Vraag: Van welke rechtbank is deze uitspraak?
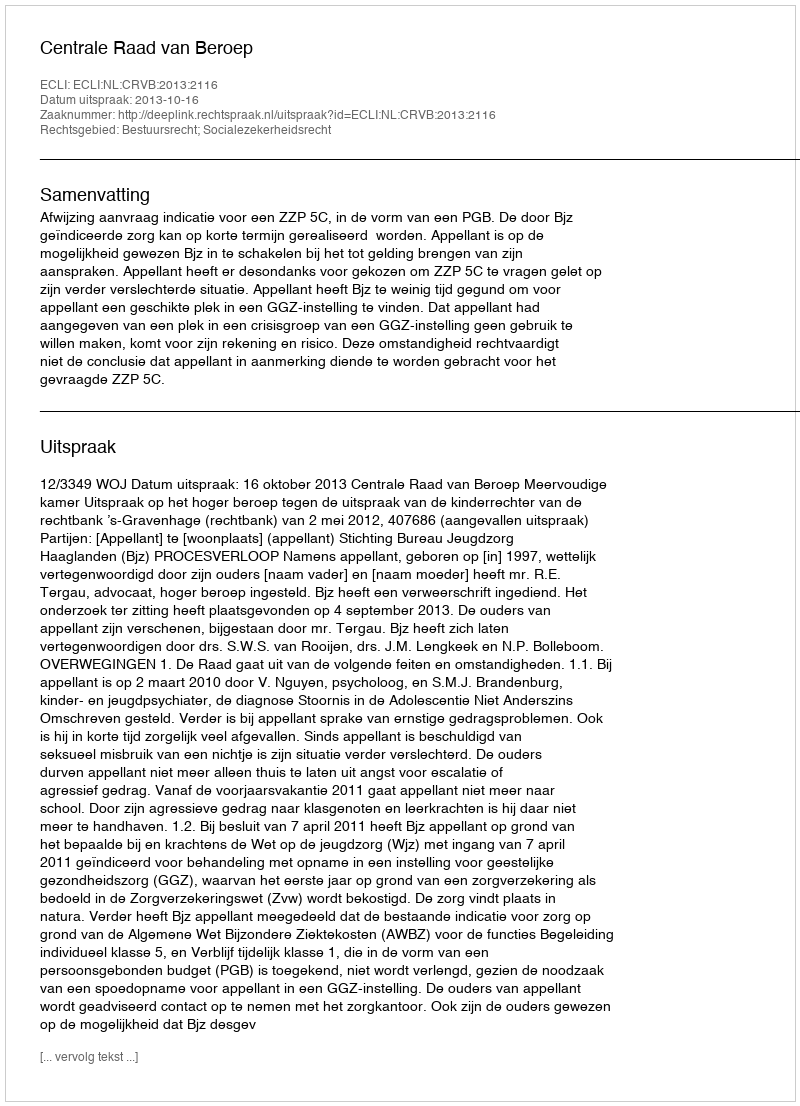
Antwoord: Centrale Raad van Beroep